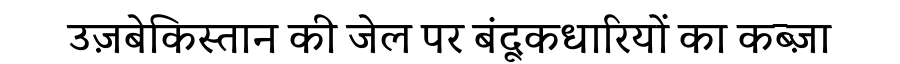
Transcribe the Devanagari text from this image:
उज़बेकिस्तान की जेल पर बंदूकधारियों का कब्ज़ा